Annual report on the Civil Veterinary Department, Burma (including the Insein Veterinary School) - 1932-1941
Year: 1932
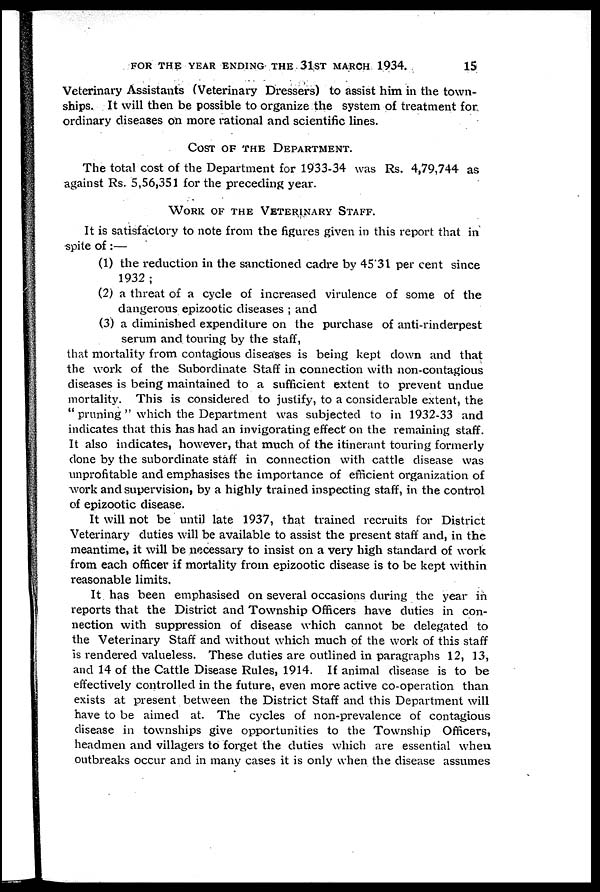
FOR THE YEAR ENDING THE 31ST MARCH 1934.
15
Veterinary Assistants (Veterinary Dressers) to assist him in the town-
ships. It will then be possible to organize the system of treatment for
ordinary diseases on more rational and scientific lines.
COST OF THE DEPARTMENT.
The total cost of the Department for 1933-34 was Rs. 4,79,744 as
against Rs. 5,56,351 for the preceding year.
WORK OF THE VETERINARY STAFF.
It is satisfactory to note from the figures given in this report that in
spite of :—
(1) the reduction in the sanctioned cadre by 45.31 per cent since
1932 ;
(2) a threat of a cycle of increased virulence of some of the
dangerous epizootic diseases ; and
(3) a diminished expenditure on the purchase of anti-rinderpest
serum and touring by the staff,
that mortality from contagious diseases is being kept down and that
the work of the Subordinate Staff in connection with non-contagious
diseases is being maintained to a sufficient extent to prevent undue
mortality. This is considered to justify, to a considerable extent, the
" pruning " which the Department was subjected to in 1932-33 and
indicates that this has had an invigorating effect on the remaining staff.
It also indicates, however, that much of the itinerant touring formerly
clone by the subordinate staff in connection with cattle disease was
unprofitable and emphasises the importance of efficient organization of
work and supervision, by a highly trained inspecting staff, in the control
of epizootic disease.
It will not be until late 1937, that trained recruits for District
Veterinary duties will be available to assist the present staff and, in the
meantime, it will be necessary to insist on a very high standard of work
from each officer if mortality from epizootic disease is to be kept within
reasonable limits.
It has been emphasised on several occasions during the year in
reports that the District and Township Officers have duties in con-
nection with suppression of disease which cannot be delegated to
the Veterinary Staff and without which much of the work of this staff
is rendered valueless. These duties are outlined in paragraphs 12, 13,
and 14 of the Cattle Disease Rules, 1914. If animal disease is to be
effectively controlled in the future, even more active co-operation than
exists at present between the District Staff and this Department will
have to be aimed at. The cycles of non-prevalence of contagious
disease in townships give opportunities to the Township Officers,
headmen and villagers to forget the duties which are essential when
outbreaks occur and in many cases it is only when the disease assumes